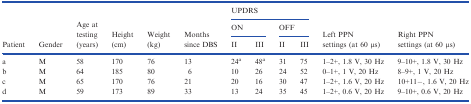
| <ROWSPAN=3> Patient | <ROWSPAN=3> Gender | <ROWSPAN=3> Age at testing (years) | <ROWSPAN=3> Height (cm) | <ROWSPAN=3> Weight (kg) | <ROWSPAN=3> Months since DBS | <COLSPAN=4> UPDRS | <ROWSPAN=3> Left PPN settings (at 60 μs) | <ROWSPAN=3> Right PPN settings (at 60 μs) |
 | <COLSPAN=2> ON | <COLSPAN=2> OFF |
 | II | III | II | III |
 | --- | --- | --- | --- | --- | --- | --- | --- | --- | --- | --- | --- |
 | a | M | 58 | 170 | 76 | 13 | 24a | 48a | 31 | 75 | 1–2+, 1.8 V, 30 Hz | 9–10+, 1.8 V, 30 Hz |
 | b | M | 64 | 185 | 80 | 6 | 10 | 26 | 24 | 52 | 0–1+, 1 V, 20 Hz | 8–9+, 1 V, 20 Hz |
 | c | M | 65 | 170 | 76 | 21 | 20 | 16 | 30 | 47 | 1–2+, 1.6 V, 20 Hz | 10+11−, 1.6 V, 20 Hz |
 | d | M | 59 | 173 | 89 | 33 | 13 | 24 | 35 | 45 | 1–2+, 0.6 V, 20 Hz | 9–10+, 0.6 V, 20 Hz |